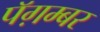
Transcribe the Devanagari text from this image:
पॅग़म्बर